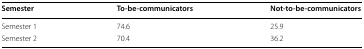
<table><thead><tr><td><b>Semester</b></td><td><b>To-be-communicators</b></td><td><b>Not-to-be-communicators</b></td></tr></thead><tbody><tr><td>Semester 1</td><td>74.6</td><td>25.9</td></tr><tr><td>Semester 2</td><td>70.4</td><td>36.2</td></tr></tbody></table>